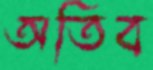
অতিব